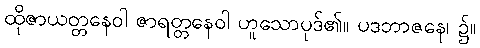
ထိုဇာယတ္တနေဝါ ဇာရတ္တနေဝါ ဟူသောပုဒ်၏။ ပဒဘာဇနေ၊ ၌။